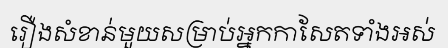
រឿងសំខាន់មួយសម្រាប់អ្នកកាសែតទាំងអស់